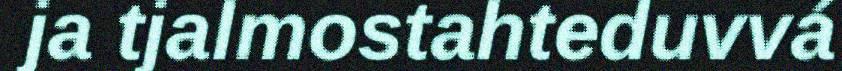
ja tjalmostahteduvvá